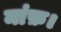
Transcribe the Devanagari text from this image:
मांफ़।